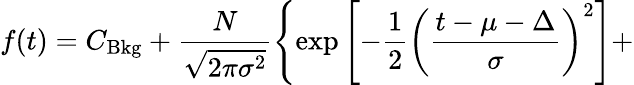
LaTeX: f(t)=C_{\mathrm{Bkg}}+\frac{N}{\sqrt{2\pi\sigma^{2}}}\left\{ \exp{\left[-\frac{1}{2}\left(\frac{t-\mu-\Delta}{\sigma}\right)^{2}\right]}+\right.